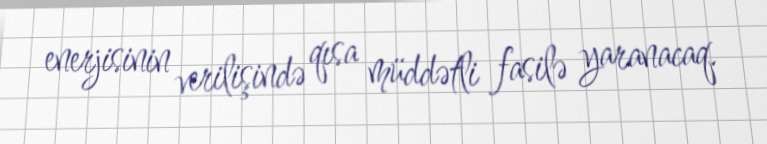
enerjisinin verilişində qısa müddətli fasilə yaranacaq.